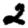
Digit: 2